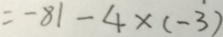
= - 8 1 - 4 \times ( - 3 )